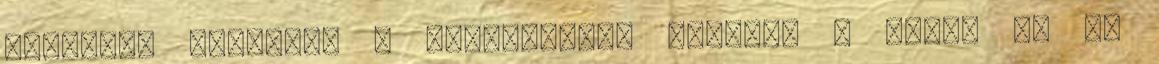
művészet titánja, a kombinációk mestere A rovat új és